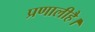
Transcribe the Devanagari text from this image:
प्रणालीहै।